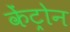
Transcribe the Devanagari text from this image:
केंट्रोन